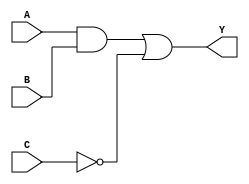
module covered_cell (
    input wire A,    // Input signal A
    input wire B,    // Input signal B
    input wire C,    // Input signal C
    output wire Y    // Output signal Y
);

// Internal wire declarations
wire and_output;       // Output of the AND gate
wire not_output;       // Output of the NOT gate

// Logic implementation
// AND gate: Y_A_B = A AND B
assign and_output = A & B;

// NOT gate: Y_C = NOT C
assign not_output = ~C;

// OR gate: Y = (A AND B) OR (NOT C)
assign Y = and_output | not_output;

endmodule